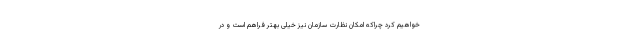
خواهیم‌ کرد چراکه امکان نظارت سازمان نیز خیلی بهتر فراهم است و در